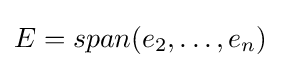
{\textstyle E=span(e_{2},\dots ,e_{n})}